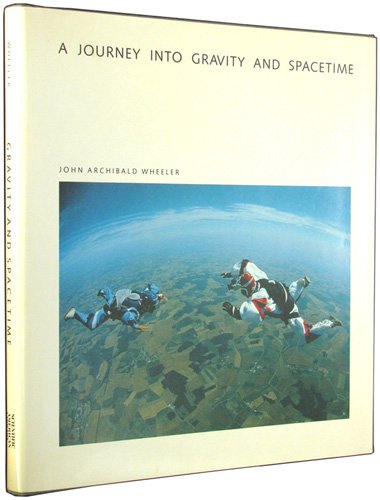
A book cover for A Journey into Gravity and Spacetime (Scientific American Library); John Archibald Wheeler; Science & Math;